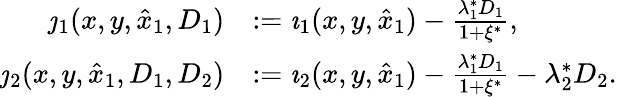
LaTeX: \begin{array}{rl}{\jmath_{1}(x,y,\hat{x}_{1},D_{1})}&{:=\imath_{1}(x,y,\hat{x}_{1})-\frac{\lambda_{1}^{*}D_{1}}{1+\xi^{*}},}\\ {\jmath_{2}(x,y,\hat{x}_{1},D_{1},D_{2})}&{:=\imath_{2}(x,y,\hat{x}_{1})-\frac{\lambda_{1}^{*}D_{1}}{1+\xi^{*}}-\lambda_{2}^{*}D_{2}.}\end{array}